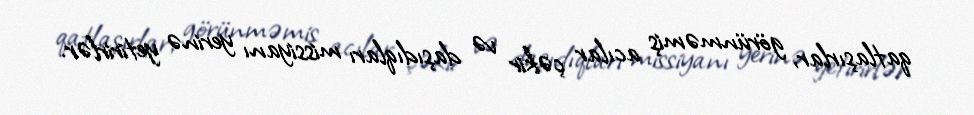
qatlaşırlar, görünməmiş acılar çəkir və daşıdıqları missiyanı yerinə yetirirlər.